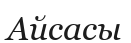
Айсасы